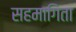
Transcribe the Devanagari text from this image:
सहमागिता